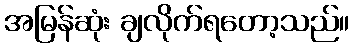
အမြန်ဆုံး ချလိုက်ရတော့သည်။